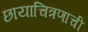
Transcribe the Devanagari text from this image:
छायाचित्रणाची